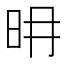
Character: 𣅧